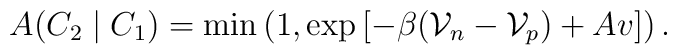
A(C_2\mid C_1)=\min\left(1,\exp\left[-\beta(\mathcal{V}_{n}-\mathcal{V}_{p})+A v\right] \right).